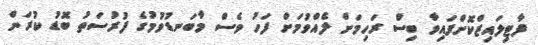
ފާޓިލައިޒްކޮށްފައިވާ ބިސް ރަހިމަށް ލެއްވުމަށް ފަހު ވެސް މާބަނޑުވުމުގެ ފުރުސަތު ބޮޑު ކުރަން